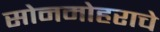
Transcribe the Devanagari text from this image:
सोनमोहराचे